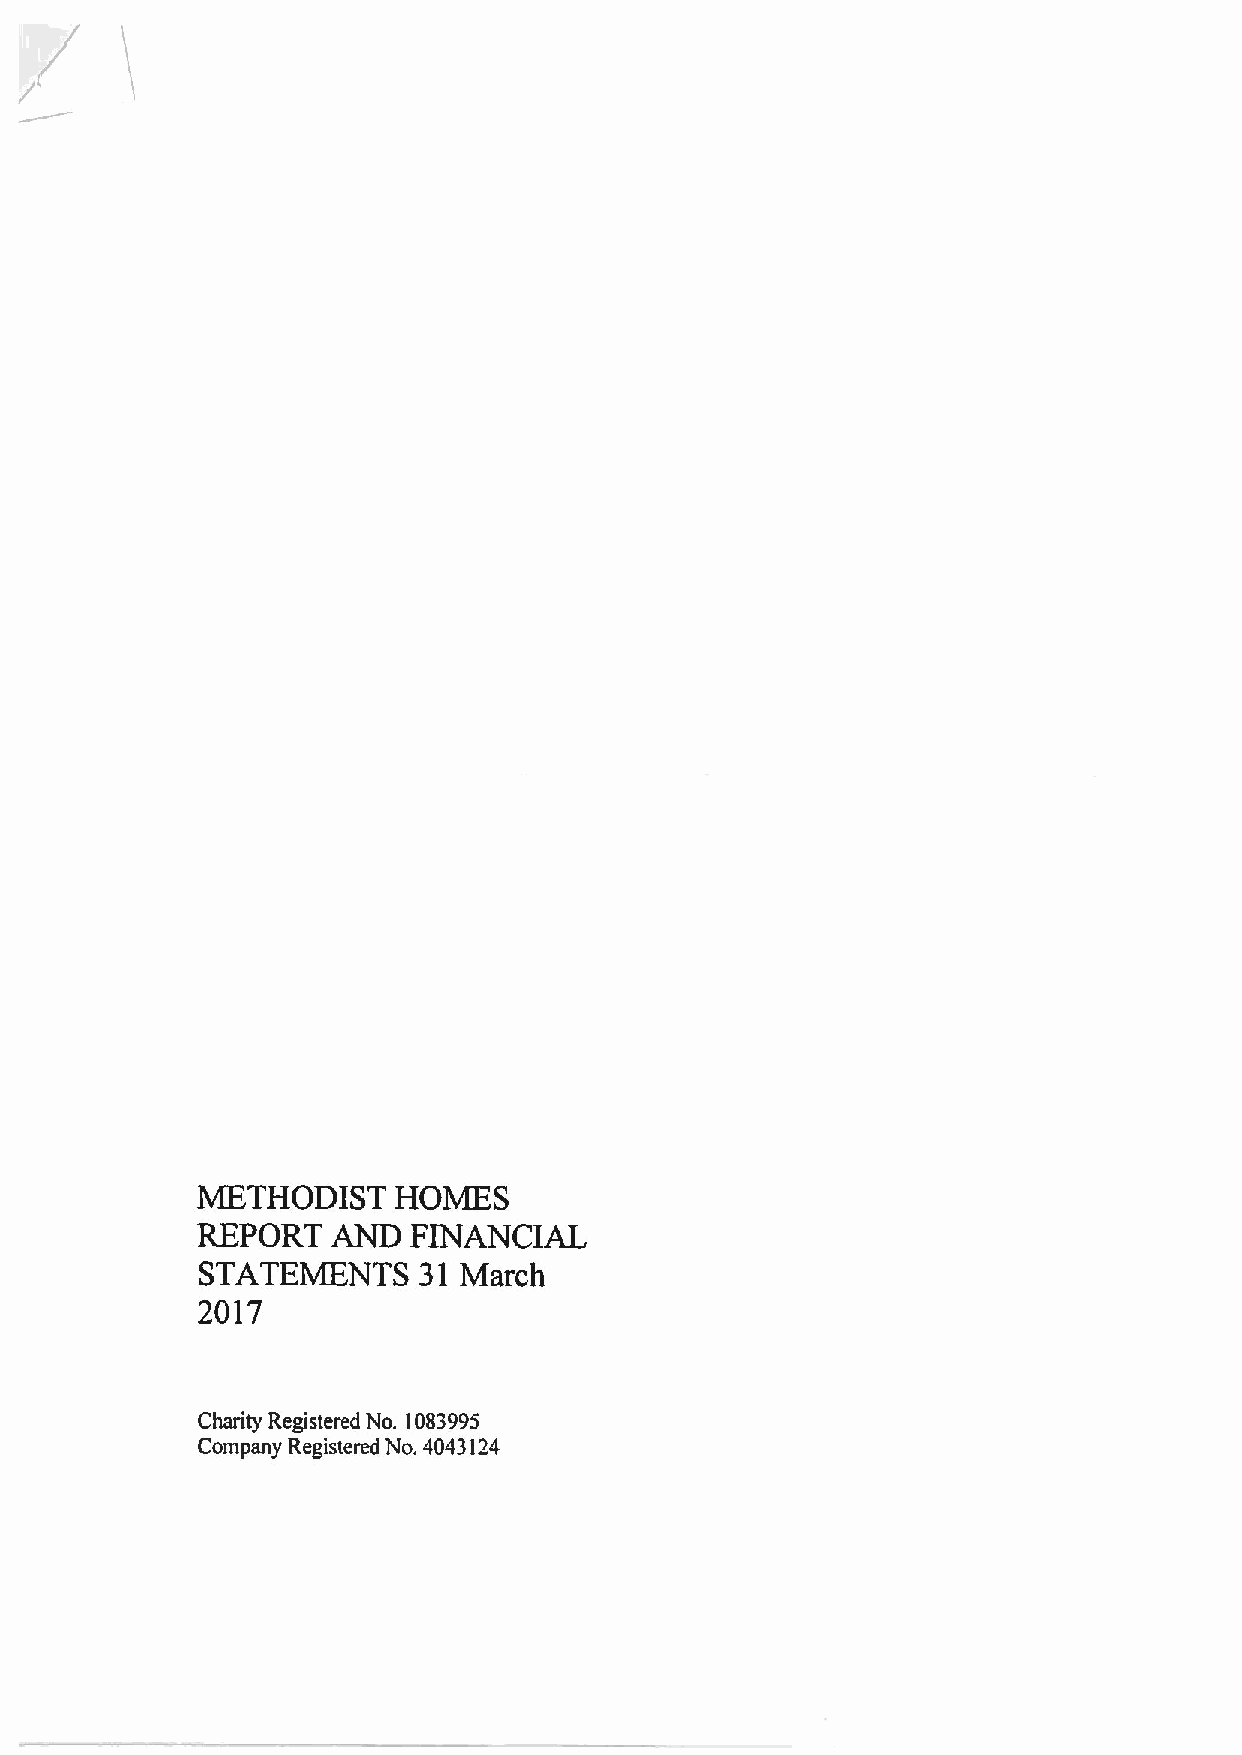
METHODIST    HOMES
 REPORT   AND  FINANCIAL
 STATEMENTS     31 March
 2017
 Charity Registered No. 1083995
 Company Registered No. 4043124